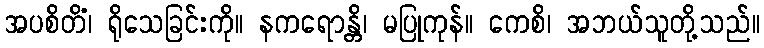
အပစိတိံ၊ ရိုသေခြင်းကို။ နကရောန္တိ၊ မပြုကုန်။ ကေစိ၊ အဘယ်သူတို့သည်။